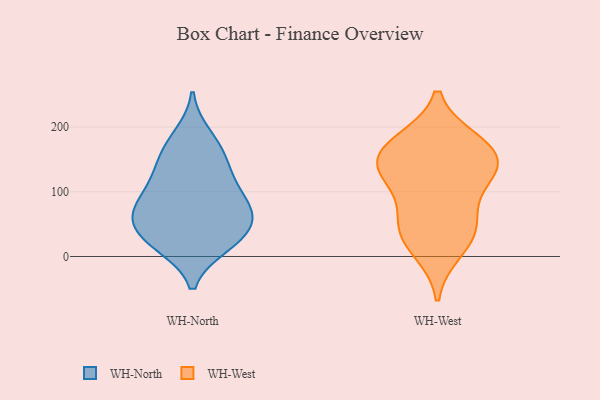
{"axis": {"x": "Production Output", "y": "Value"}, "legend": ["WH-North", "WH-West"], "data": [{"x": "", "y": 57, "type": "WH-North"}, {"x": "", "y": 105, "type": "WH-North"}, {"x": "", "y": 165, "type": "WH-North"}, {"x": "", "y": 187, "type": "WH-North"}, {"x": "", "y": 68, "type": "WH-North"}, {"x": "", "y": 17, "type": "WH-North"}, {"x": "", "y": 153, "type": "WH-North"}, {"x": "", "y": 29, "type": "WH-North"}, {"x": "", "y": 112, "type": "WH-North"}, {"x": "", "y": 17, "type": "WH-North"}, {"x": "", "y": 132, "type": "WH-North"}, {"x": "", "y": 76, "type": "WH-North"}, {"x": "", "y": 35, "type": "WH-North"}, {"x": "", "y": 75, "type": "WH-North"}, {"x": "", "y": 61, "type": "WH-North"}, {"x": "", "y": 133, "type": "WH-West"}, {"x": "", "y": 43, "type": "WH-West"}, {"x": "", "y": 177, "type": "WH-West"}, {"x": "", "y": 133, "type": "WH-West"}, {"x": "", "y": 169, "type": "WH-West"}, {"x": "", "y": 115, "type": "WH-West"}, {"x": "", "y": 167, "type": "WH-West"}, {"x": "", "y": 39, "type": "WH-West"}, {"x": "", "y": 10, "type": "WH-West"}, {"x": "", "y": 143, "type": "WH-West"}, {"x": "", "y": 61, "type": "WH-West"}]}